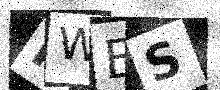
Text: HWBS